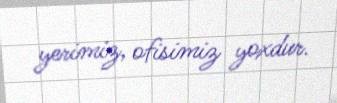
yerimiz, ofisimiz yoxdur.